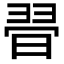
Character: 𣇶